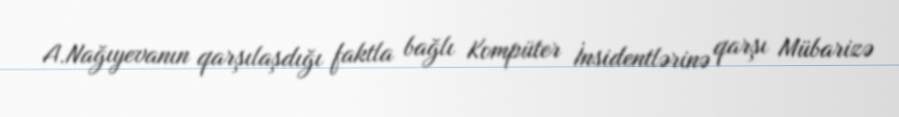
A.Nağıyevanın qarşılaşdığı faktla bağlı Kompüter İnsidentlərinə qarşı Mübarizə